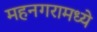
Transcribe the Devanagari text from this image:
महनगरामध्ये